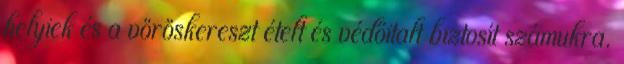
helyiek és a vöröskereszt ételt és védőitalt biztosít számukra.